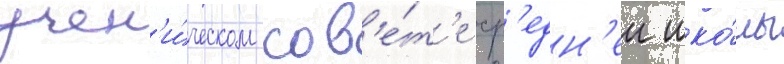
учен'и́ческом сов'е́т'е ср'едн'еи шко́лы